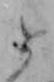
と